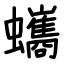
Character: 蠵